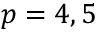
p = 4 , 5